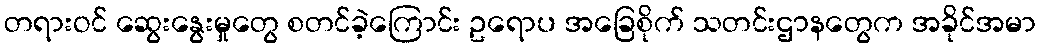
တရားဝင် ဆွေးနွေးမှုတွေ စတင်ခဲ့ကြောင်း ဥရောပ အခြေစိုက် သတင်းဌာနတွေက အခိုင်အမာ